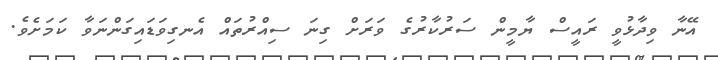
އޭނާ ވިދާޅުވީ ރައީސް ޔާމީން ސަރުކާރުގެ ވަރަށް ގިނަ ސިއްރުތައް އެނގިވަޑައިގަންނަވާ ކަމަށެވެ.